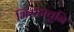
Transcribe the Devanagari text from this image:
भिरकावुनि